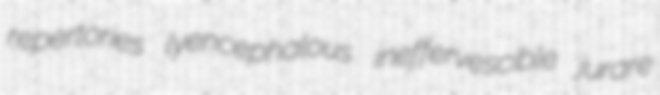
repertories lyencephalous ineffervescible jurare